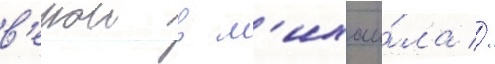
в'ерои в м'ихаи́ла //